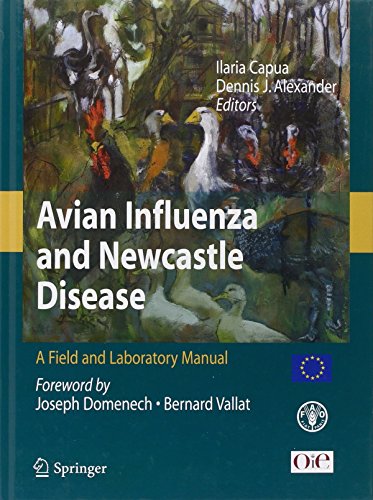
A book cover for Avian Influenza and Newcastle Disease: A Field and Laboratory Manual; Medical Books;